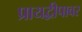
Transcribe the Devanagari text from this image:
प्रायद्वीपावर